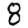
Digit: 8